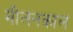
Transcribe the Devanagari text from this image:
मीलनकाल